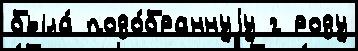
была́ подо́браннуjу г роду